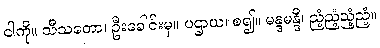
ငါကို။ သီသတော၊ ဦးခေါင်းမှ။ ပဌာယ၊ စ၍။ မန္ဒမန္ဒီ၊ ညံ့ညံ့ညံ့ညံ့။